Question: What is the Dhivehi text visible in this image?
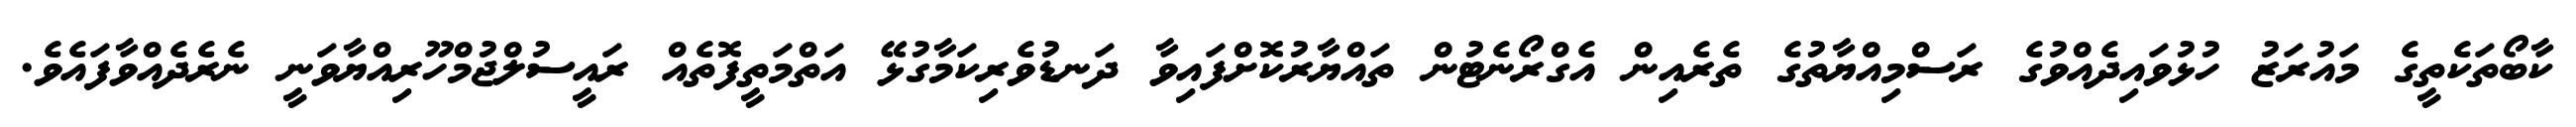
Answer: ކާބޯތަކެތީގެ މައުރަޒު ހުޅުވައިދެއްވުގެ ރަސްމިއްޔާތުގެ ތެރެއިން އެގްރޯނެޓުން ތައްޔާރުކޮށްފައިވާ ދަނޑުވެރިކަމާގުޅޭ އަތްމަތީފޮތެއް ރައީސުލްޖުމްހޫރިއްޔާވަނީ ނެރެދެއްވާފައެވެ.